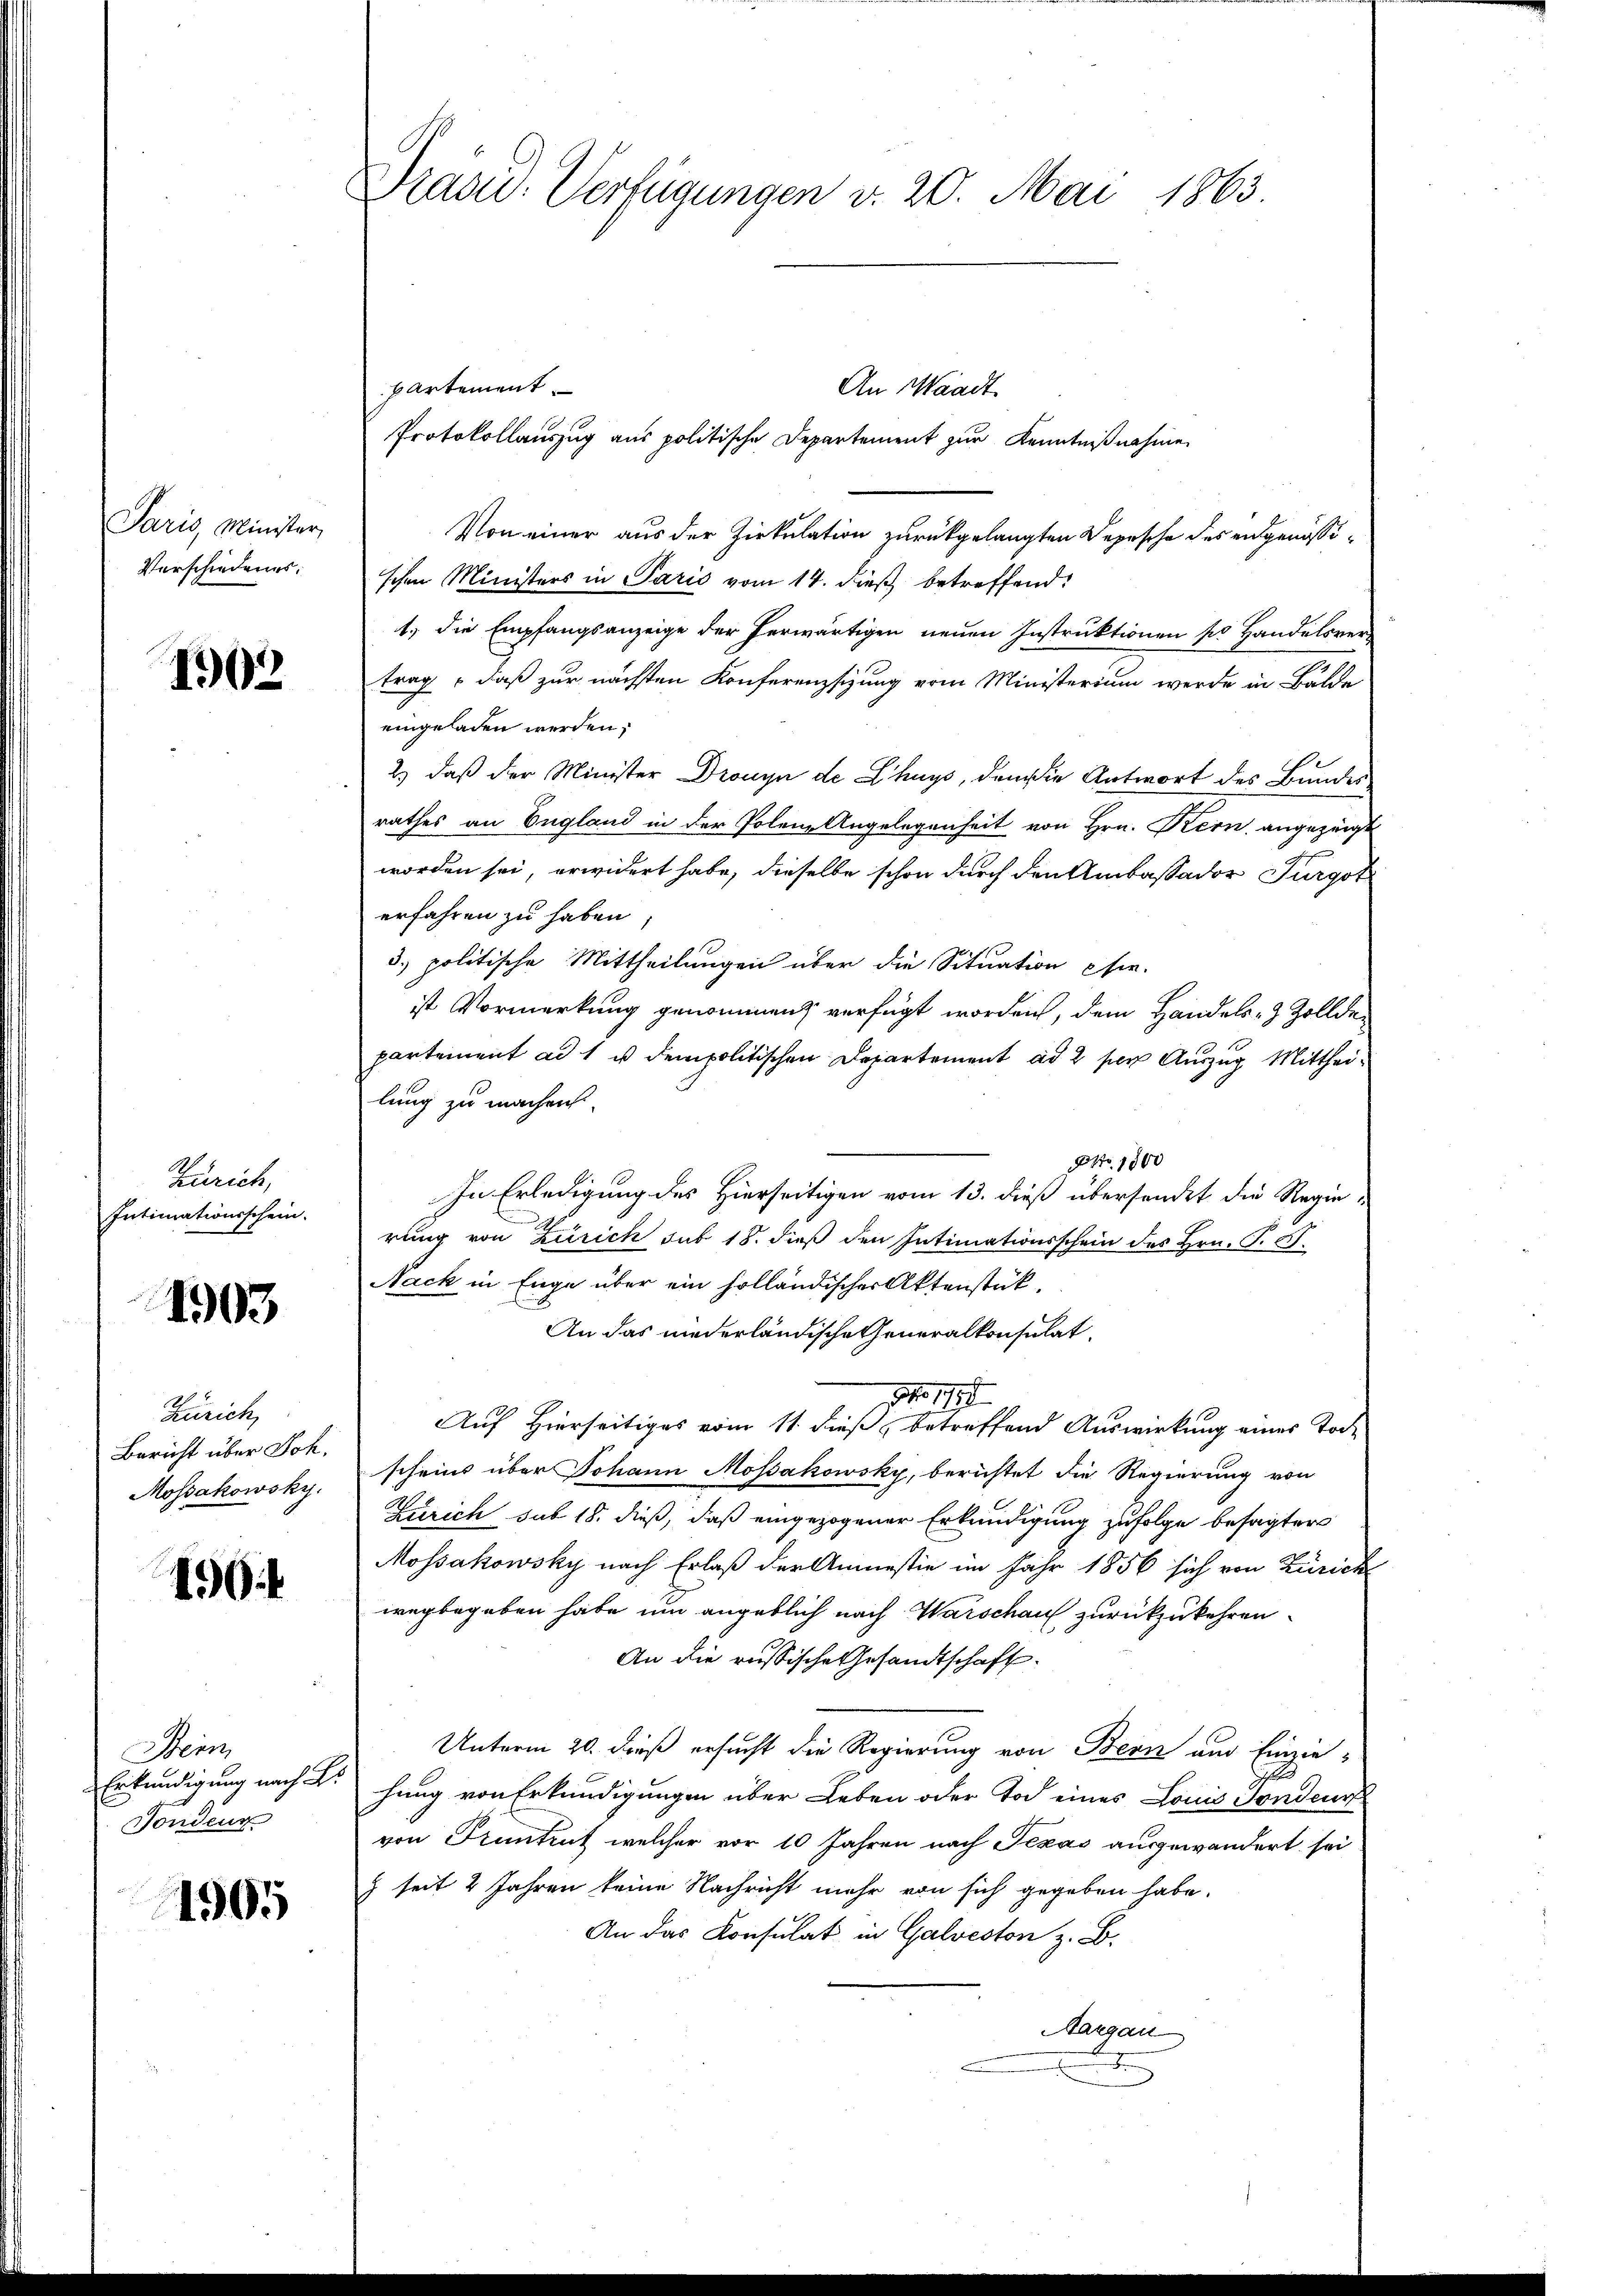
Paris, Minister,
Verschiedenes.

1902

Zürich,
Intimationsschein.

1903

Zürich,
Bericht über Joh.
Mossakowsky.

1904

Stein
Erkundigung nach K.
Fondenr

1905

Prasir- Verfügungen v. 20. Mai 1863.

An Waadt.
partement.
Protokollauszug aus politische Departement zur Kenntnißnahme
Von einer aus der Zirkulation zurückgelangten Depesche des eidgenössischen Ministers in Paris vom 14. dieß betreffend:
1.) die Empfangsanzeige der herwärtigen neuen Instruktionen so Handelsver
trag , daß zur nächsten Konferenzsizung vom Ministerium werde in Bälde
eingeladen werden;
2.) daß der Minister Drouyn de Chays, den die Antwort des Bundes
rathes an England in der Polene Angelegenheit von Hrn. Bern angezeigt
worden sei, erwidert habe, dieselbe schon durch den Umbassador Turgot
erfahren zu haben,
3.) politische Mittheilungen über die Situation chie-
ist Vormerkung genommen verfügt worden, dem Handels- & Zolldepartement ad 1 u dem politischen Departement ad 2 per Auszug Mittheilung zu machen
NNo. 1800
In Erledigung des Hierseitigen vom 13. dieß übersendet die Regierung von Zürich sub 18. dieß den Intimationsschein des Hrn. P. G.
Nack in Enge über ein holländischer Aktenstük¬
An das niederländische Generalkonsulat
J. 1791.
Auf Hierseitiges vom 11. dieß, betreffend Auswirkung eines Tode
scheins über Johann Mossakowsky, berichtet die Regierung von
Zürich sub 18. dieß, daß eingezogener Erkundigung zufolge besagter
Mossakowsky nach Erlaß der Amnestie im Jahr 1856 sich von Zürich
wegbegeben habe um angeblich nach Warschaus zurückzukehren.
An die russische Gesandtschaft.
Unterm 20. dieß ersucht die Regierung von Bern und Einzie-
hung von Erkundigungen über Leben oder Tod eines Louis Sondeur
von Pruntrut welcher vor 10 Jahren nach Texas ausgewandert sei
) seit 2 Jahren keine Nachricht mehr von sich gegeben habe.
An das Konsulat in Galveston z. B.
Margau
dun